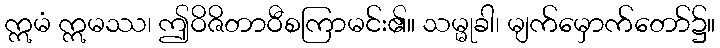
ဣမံ ဣမဿ၊ ဤဝိဇိတာဝီစကြာမင်း၏။ သမ္မုခါ၊ မျက်မှောက်တော်၌။